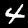
Digit: 4